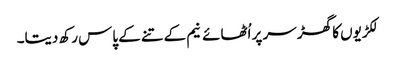
لکڑیوں کا گھڑ سر پر اُٹھائے نیم کے تنے کے پاس رکھ دیتا۔